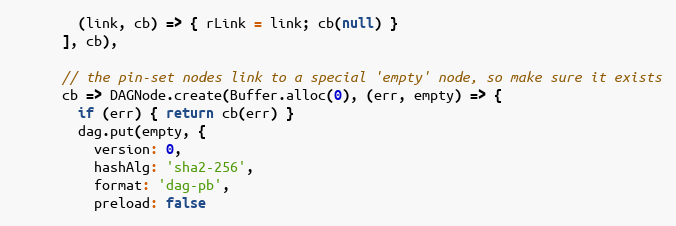
Language: JavaScript
        (link, cb) => { rLink = link; cb(null) }
      ], cb),

      // the pin-set nodes link to a special 'empty' node, so make sure it exists
      cb => DAGNode.create(Buffer.alloc(0), (err, empty) => {
        if (err) { return cb(err) }
        dag.put(empty, {
          version: 0,
          hashAlg: 'sha2-256',
          format: 'dag-pb',
          preload: false